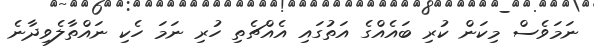
ނަމަވެސް މިކަން ކުރި ބައެއްގެ އަތުގައި އެއްޗެތި ހުރި ނަމަ ހެކި ނައްތާލެވިދާނެ